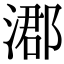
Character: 㴫